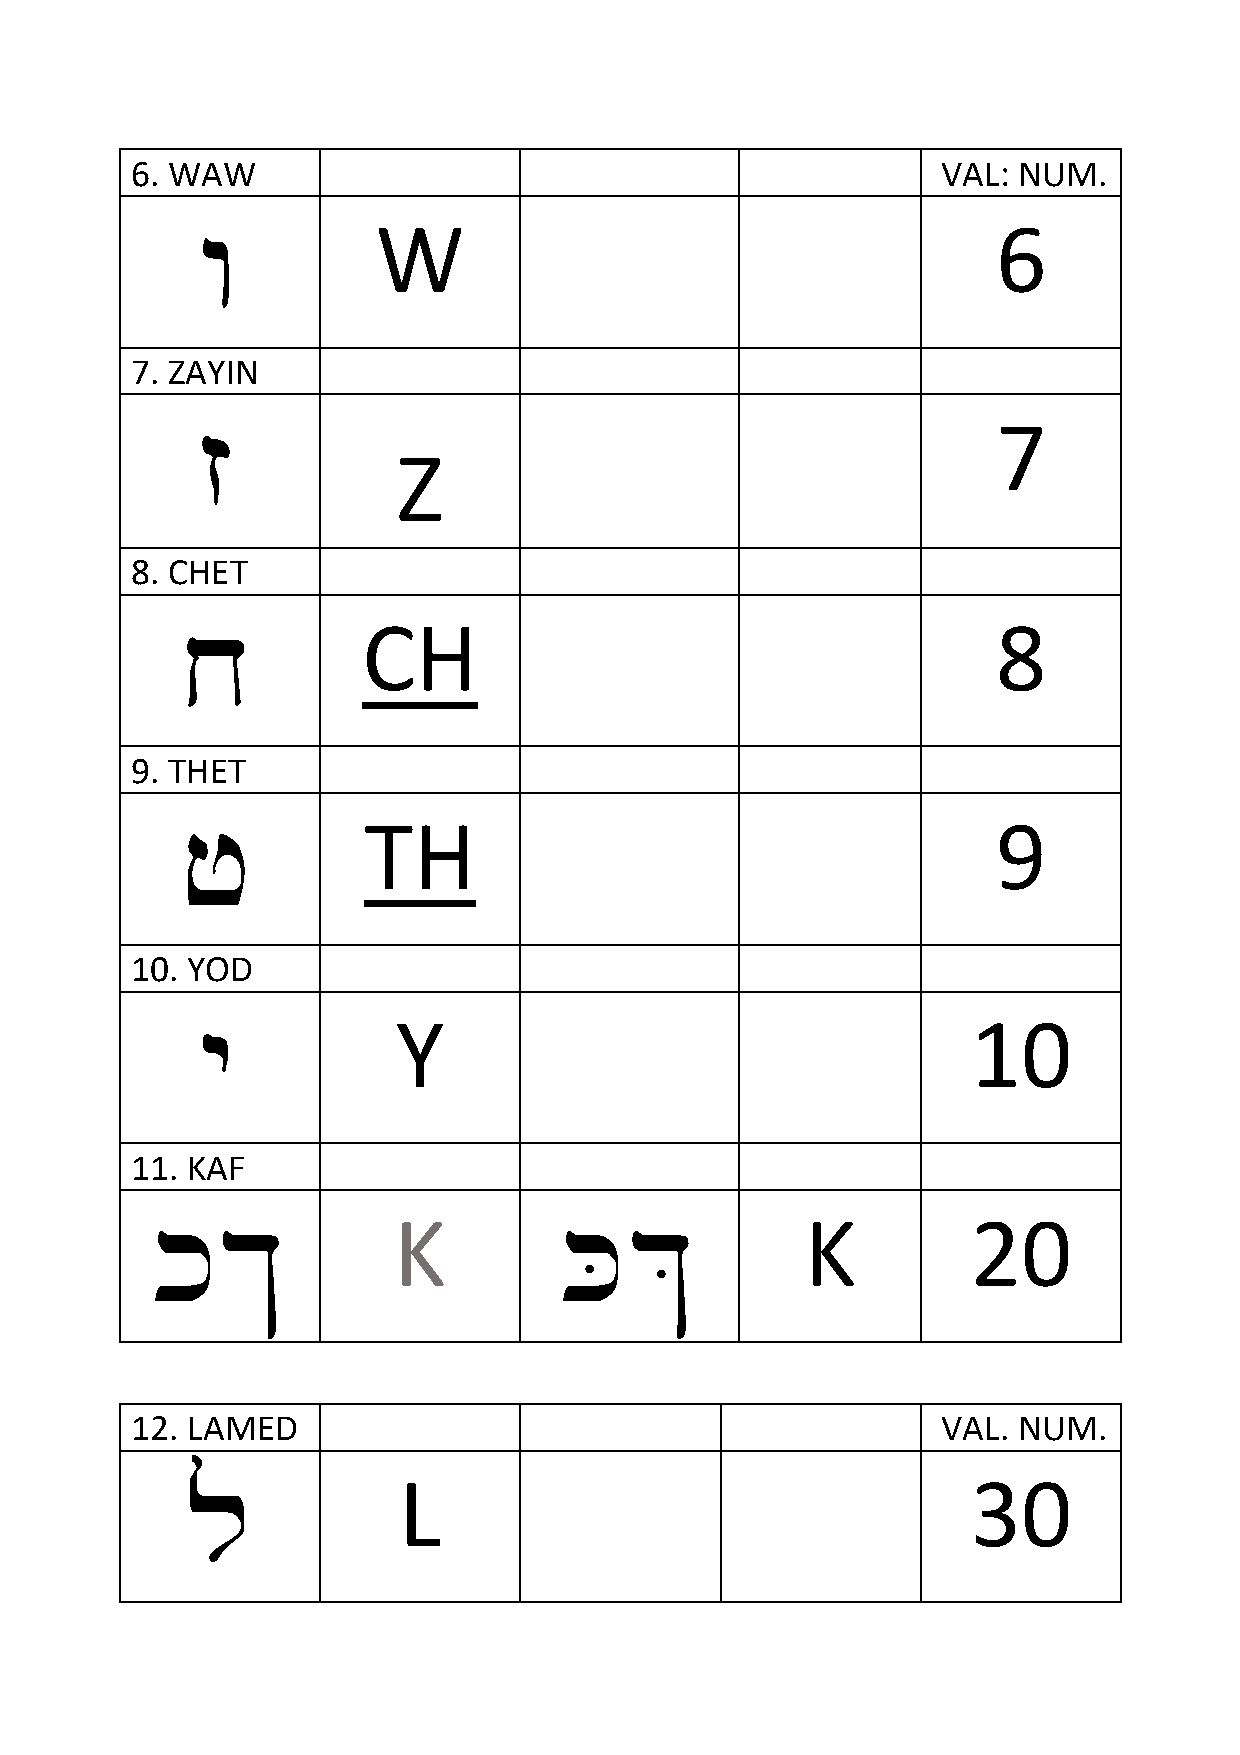
6. WAW                                               VAL: NUM.
 w
 W                                        6
 7. ZAYIN
 z
 7
 Z
 8. CHET
 x
 CH                                        8
 9. THET
 j
 TH                                        9
 10. YOD
 y
 Y                                     10
 11. KAF
 k$                         K&
 K                          K          20
 12. LAMED                                            VAL. NUM.
 l
 L                                     30